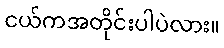
ငယ်ကအတိုင်းပါပဲလား။